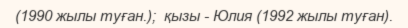
(1990 жылы туған.);  қызы - Юлия (1992 жылы туған).